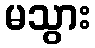
မသွား